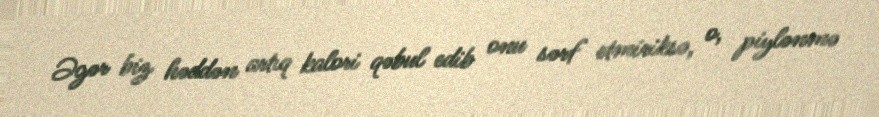
Əgər biz həddən artıq kalori qəbul edib onu sərf etmiriksə, o, piylənmə